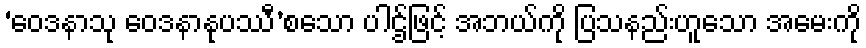
‘ဝေဒနာသု ဝေဒနာနုပဿီ’စသော ပါဌ်ဖြင့် အဘယ်ကို ပြသနည်းဟူသော အမေးကို